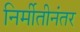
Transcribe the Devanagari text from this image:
निर्मीतीनंतर